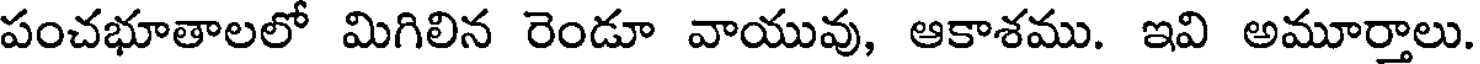
పంచభూతాలలో మిగిలిన రెండూ వాయువు, ఆకాశము. ఇవి అమూర్తాలు.